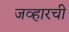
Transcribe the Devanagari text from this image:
जव्हारची